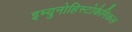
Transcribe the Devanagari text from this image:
इम्युनोहिस्टोकैमिकल